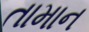
તામાન